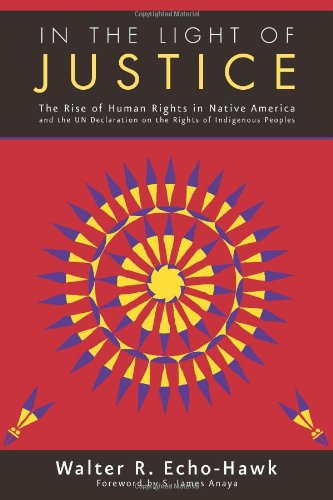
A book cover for In the Light of Justice: The Rise of Human Rights in Native America and the UN Declaration on the Rights of Indigenous Peoples; Walter R. Echo-Hawk; Law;